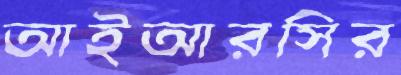
আইআরসির